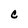
Character: C